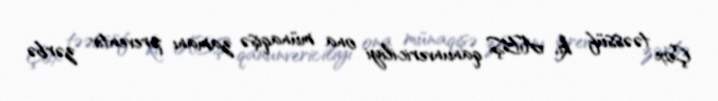
Çox təəssüf ki, ABŞ qanunvericiliyi ona münaqişə zamanı preventiv zərbə